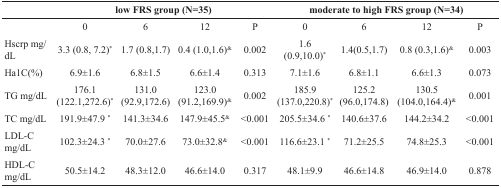
<table><thead><tr><td></td><td colspan="4"><b>low FRS group (N=35)</b></td><td colspan="4"><b>moderate to high FRS group (N=34)</b></td></tr></thead><tbody><tr><td></td><td>0</td><td>6</td><td>12</td><td>P</td><td>0</td><td>6</td><td>12</td><td>P</td></tr><tr><td>Hscrp mg/dL</td><td>3.3 (0.8, 7.2)*</td><td>1.7 (0.8,1.7)</td><td>0.4 (1.0,1.6)<sup>&amp;</sup></td><td>0.002</td><td>1.6 (0.9,10.0)*</td><td>1.4(0.5,1.7)</td><td>0.8 (0.3,1.6)<sup>&amp;</sup></td><td>0.003</td></tr><tr><td>Ha1C(%)</td><td>6.9±1.6</td><td>6.8±1.5</td><td>6.6±1.4</td><td>0.313</td><td>7.1±1.6</td><td>6.8±1.1</td><td>6.6±1.3</td><td>0.073</td></tr><tr><td>TG mg/dL</td><td>176.1 (122.1,272.6)*</td><td>131.0 (92.9,172.6)</td><td>123.0 (91.2,169.9)<sup>&amp;</sup></td><td>0.002</td><td>185.9 (137.0,220.8)*</td><td>125.2 (96.0,174.8)</td><td>130.5 (104.0,164.4)<sup>&amp;</sup></td><td>0.001</td></tr><tr><td>TC mg/dL</td><td>191.9±47.9 *</td><td>141.3±34.6</td><td>147.9±45.5<sup>&amp;</sup></td><td>&lt;0.001</td><td>205.5±34.6 *</td><td>140.6±37.6</td><td>144.2±34.2</td><td>&lt;0.001</td></tr><tr><td>LDL-C mg/dL</td><td>102.3±24.3 *</td><td>70.0±27.6</td><td>73.0±32.8<sup>&amp;</sup></td><td>&lt;0.001</td><td>116.6±23.1 *</td><td>71.2±25.5</td><td>74.8±25.3</td><td>&lt;0.001</td></tr><tr><td>HDL-C mg/dL</td><td>50.5±14.2</td><td>48.3±12.0</td><td>46.6±14.0</td><td>0.317</td><td>48.1±9.9</td><td>46.6±14.8</td><td>46.9±14.0</td><td>0.878</td></tr></tbody></table>